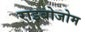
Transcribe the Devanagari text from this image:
राइबोजोम